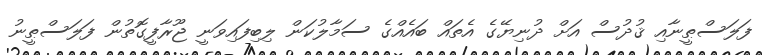
ފަލަސްޠީނާއި ޤުދުސް އަށް ދުނިޔޭގެ އެތައް ބައެއްގެ ސަމާލުކަން ލިބިފައިވަނީ ޖޫރާފީގޮތުން ފަލަސްޠީނު